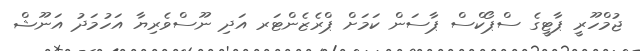
ޖުމްހޫރީ ޕާޓީގެ ސްޕޯކްސް ޕާސަން ކަމަށް ޕްރެޒެންޓަރ އަދި ނޫސްވެރިޔާ އަހުމަދު އަނޫޝް